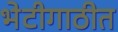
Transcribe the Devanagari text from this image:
भेटीगाठीत